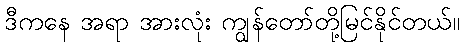
ဒီကနေ အရာ အားလုံး ကျွန်တော်တို့မြင်နိုင်တယ်။